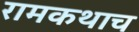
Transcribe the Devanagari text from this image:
रामकथाच